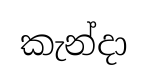
කැන්දා